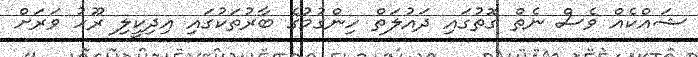
ޝައްކެއް ވެސް ނެތް ގޮތުގައި ދައުލަތް ހިންގުމުގެ ބާރުތަކުގައި އިދިކީލި ރޫހު ވަރަށް